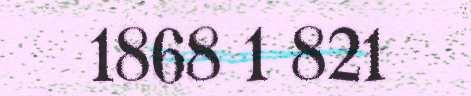
1868 1 821